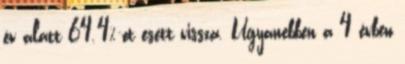
év alatt 64.4%-ot esett vissza. Ugyanebben a 4 évben